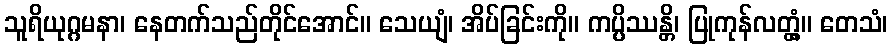
သူရိယုဂ္ဂမနာ၊ နေတက်သည်တိုင်အောင်။ သေယျံ၊ အိပ်ခြင်းကို။ ကပ္ပိဿန္တိ၊ ပြုကုန်လတ္တံ့။ တေသံ၊